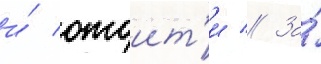
и́ отоит'и // За́